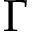
\Gamma